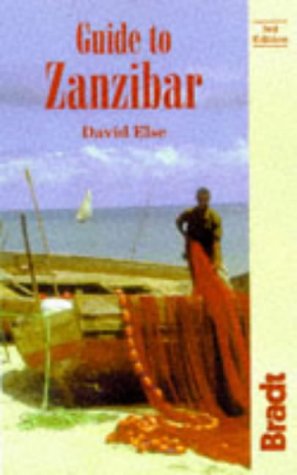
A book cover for Guide to Zanzibar; David Else; Travel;